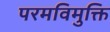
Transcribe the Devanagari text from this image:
परमविमुक्ति